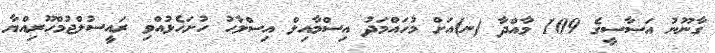
ގާނޫނު އަސާސީގެ 109 މާއްދާ (ނ)އަށް މުހައްމަދު އިސްމާއިލް އިސްލާހު ހުށަހެޅުއްވި ރައީސުލްޖުމްހޫރިއްޔާ